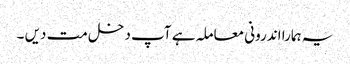
یہ ہمارا اندرونی معاملہ ہے آپ دخل مت دیں ۔